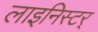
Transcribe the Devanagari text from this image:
लाइनिस्टर्